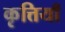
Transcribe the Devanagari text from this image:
कृत्तियाँ